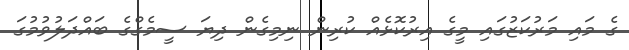
ގެ މައި މަރުކަޒުގައި މީގެ އިރުކޮޅެއް ކުރިން ނިމިގެން ދިޔަ ސީމެގްގެ ބައްދަލުވުމުގަ